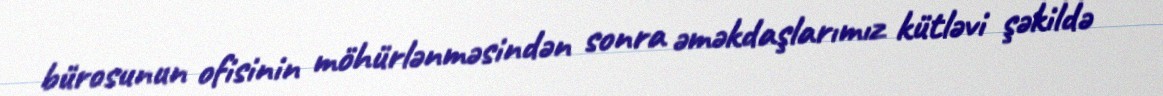
bürosunun ofisinin möhürlənməsindən sonra əməkdaşlarımız kütləvi şəkildə